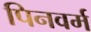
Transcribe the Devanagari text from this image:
पिनवर्म